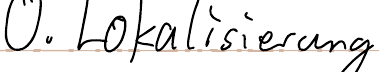
0. Lokalisierung